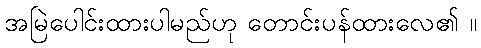
အမြဲပေါင်းထားပါမည်ဟု တောင်းပန်ထားလေ၏ ။